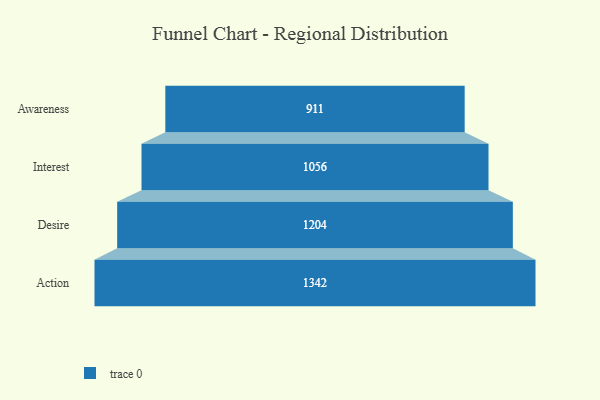
{"axis": {"x": "Stage", "y": "Value"}, "legend": [""], "data": [{"x": "Awareness", "y": 911.0, "type": ""}, {"x": "Interest", "y": 1056.0, "type": ""}, {"x": "Desire", "y": 1204.0, "type": ""}, {"x": "Action", "y": 1342.0, "type": ""}]}